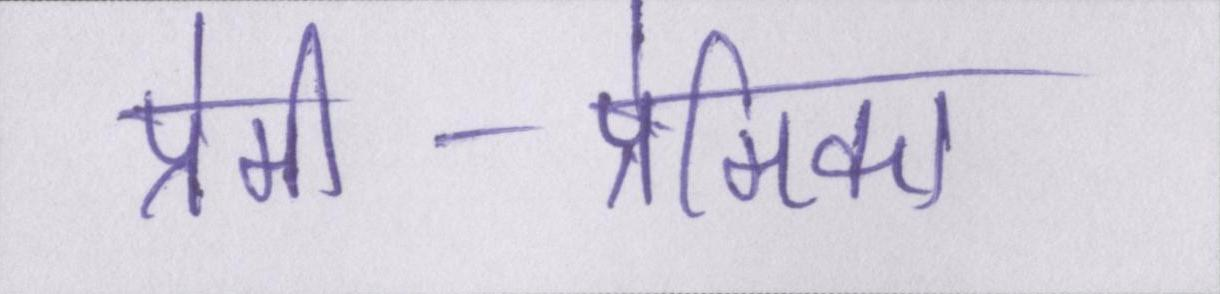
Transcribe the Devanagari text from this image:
प्रेमी-प्रेमिका